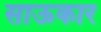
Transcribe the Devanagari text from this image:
साऊकार